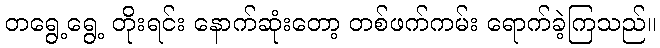
တရွေ့ရွေ့ တိုးရင်း နောက်ဆုံးတော့ တစ်ဖက်ကမ်း ရောက်ခဲ့ကြသည်။